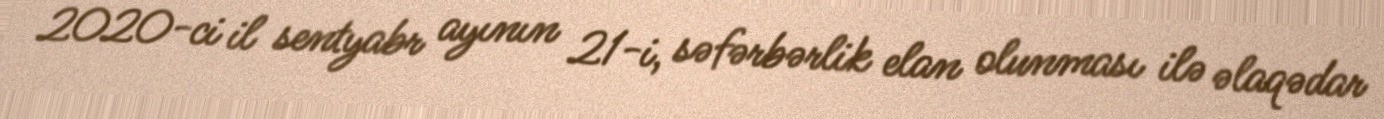
2020-ci il sentyabr ayının 21-i, səfərbərlik elan olunması ilə əlaqədar